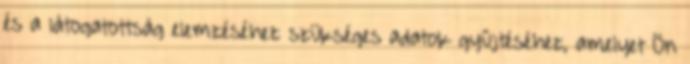
és a látogatottság elemzéséhez szükséges adatok gyűjtéséhez, amelyet Ön